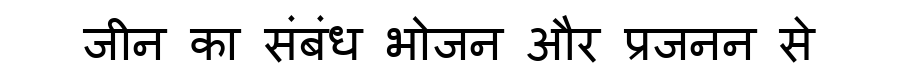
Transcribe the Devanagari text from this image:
जीन का संबंध भोजन और प्रजनन से